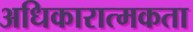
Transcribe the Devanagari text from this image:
अधिकारात्मकता